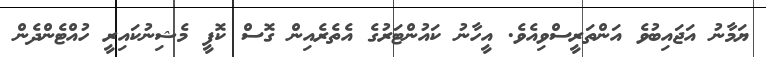
ޔަމާނު އަޖައިބުވެ އަންތަރީސްވިއެވެ. އީހާނު ކައުންޓަރުގެ އެތެރެއިން ގޮސް ކޮފީ މެޝިނުކައިރީ ހުއްޓެންދެން